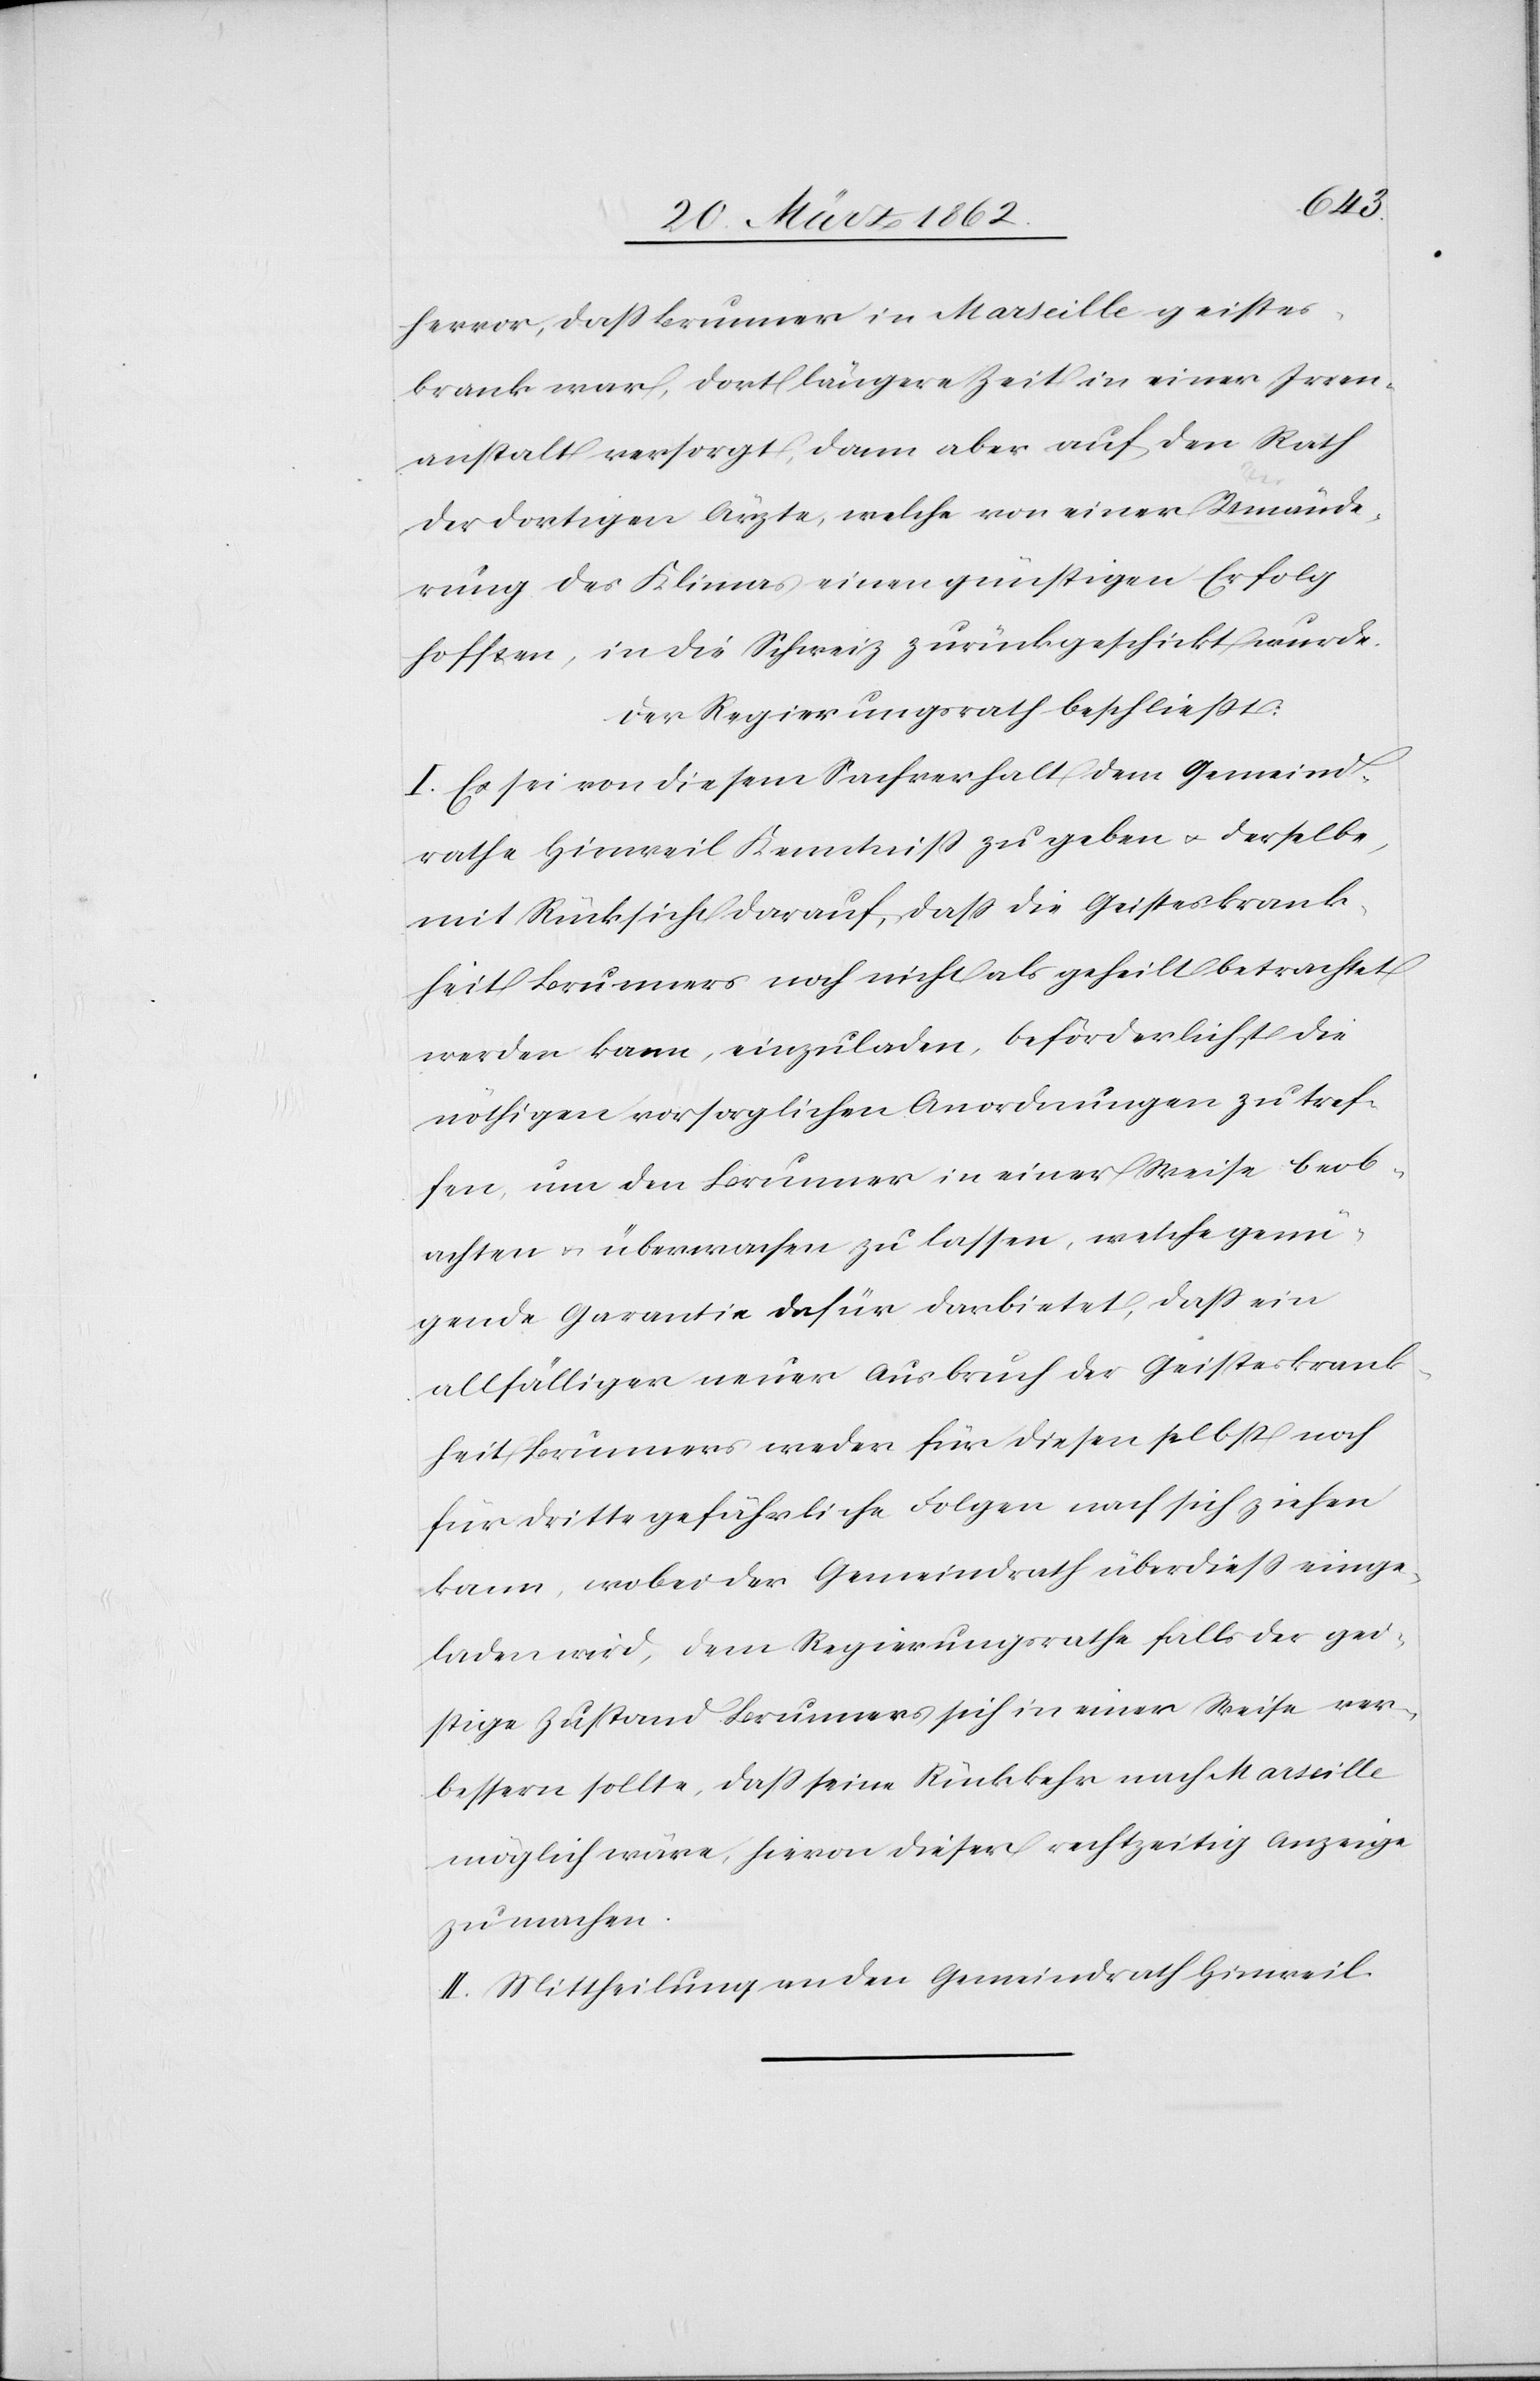
hervor, daß Brunner in Marseille geistes¬
krank war, dort längere Zeit in einer Irren¬
anstalt versorgt, dann aber auf den Rath
der dortigen Ärzte, welche von einer Umände¬
rung des Klimas einen günstigen Erfolg
hofften, in die Schweiz zurückgeschickt wurde.
Der Regierungsrath beschließt:
I. Es sei von diesem Sachverhalt dem Gemeind¬
rathe Hinweil Kenntniß zu geben u. derselbe,
mit Rücksicht darauf, daß die Geisteskrank¬
heit Brunners noch nicht als geheilt betrachtet
werden kann, einzuladen, beförderlichst die
nöthigen vorsorglichen Anordnungen zu tref¬
fen, um den Brunner in einer Weise beob¬
achten u. überwachen zu lassen, welche genü¬
gende Garantie dafür darbietet, daß ein
allfälliger neuer Ausbruch der Geisteskrank¬
heit Brunners weder für diesen selbst noch
für Dritte gefährliche Folgen nach sich ziehen
kann, wobei der Gemeindrath überdieß einge¬
laden wird, dem Regierungsrathe falls der gei¬
stige Zustand Brunners sich in einer Weise ver¬
bessern sollte, daß seine Rückkehr nach Marseille
möglich wäre, hievon dieser rechtzeitig Anzeige
zu machen.
II. Mittheilung an den Gemeindrath Hinweil.